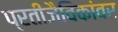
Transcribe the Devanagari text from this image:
प्रतीजैविकांवर